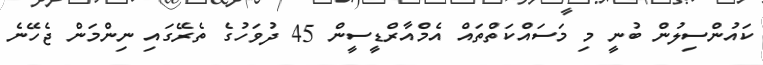
ކައުންސިލުން ބުނީ މި މަސައްކަތްތައް އެމްއާރްޑީސީން 45 ދުވަހުގެ ތެރޭގައި ނިންމަން ޖެހޭނެ